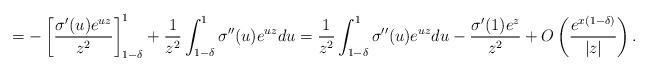
LaTeX: \begin{align*} = -\left[ \frac{\sigma'(u) e^{uz}}{z^2} \right]_{1-\delta}^1 + \frac 1{z^2} \int_{1-\delta}^1 \sigma''(u) e^{uz} du= \frac 1{z^2} \int_{1-\delta}^1 \sigma''(u) e^{uz} du - \frac{\sigma'(1) e^{z}}{z^2} +O\left( \frac{e^{x(1-\delta)}}{|z|} \right) .\end{align*}